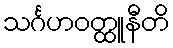
သင်္ဂဟဝတ္ထူနီတိ